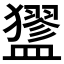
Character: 𥃃